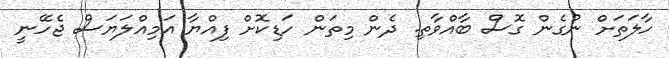
ހާލަތަށް ނުގެން ގޮސް ބާއްވާތި. ދެން މިތަން ހަޑިކޮށް ފިއްޔާ އަމިއްލަޔަސް ޖެހޭނީ